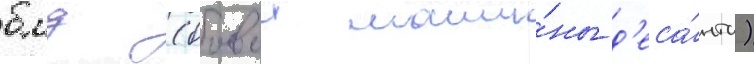
бмд (боевои маши́ны д'еса́нта)